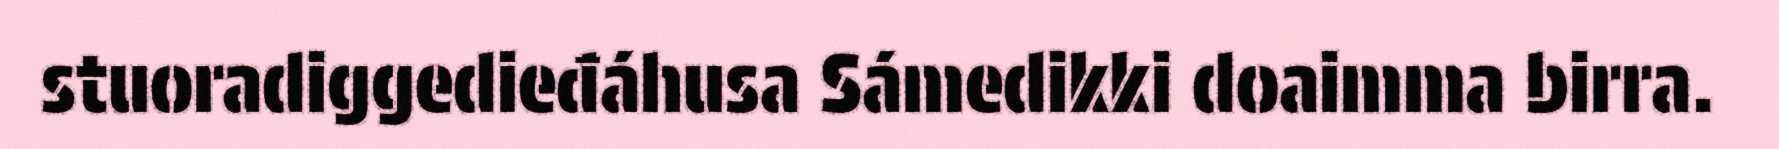
stuoradiggedieđáhusa Sámedikki doaimma birra.